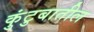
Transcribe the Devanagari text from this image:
कुंटुबातील